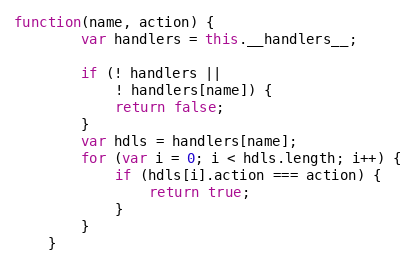
Language: JavaScript
function(name, action) {
        var handlers = this.__handlers__;

        if (! handlers ||
            ! handlers[name]) {
            return false;
        }
        var hdls = handlers[name];
        for (var i = 0; i < hdls.length; i++) {
            if (hdls[i].action === action) {
                return true;
            }
        }
    }